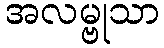
အလမ္ဗုသာ